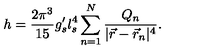
h = \frac { 2 \pi ^ { 3 } } { 1 5 } g _ { s } ^ { \prime } l _ { s } ^ { 4 } \sum _ { n = 1 } ^ { N } \frac { Q _ { n } } { | \vec { r } - \vec { r } _ { n } | ^ { 4 } } .